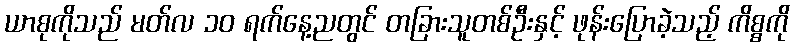
ယာစုကိုသည် မတ်လ ၁၀ ရက်နေ့ညတွင် တခြားသူတစ်ဦးနှင့် ဖုန်းပြောခဲ့သည့် ကိစ္စကို